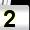
Digit: 2